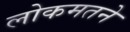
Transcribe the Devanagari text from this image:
लोकमतने